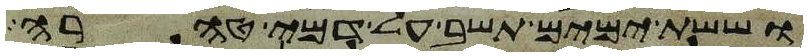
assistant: וששת ימים תשב על דמי טהרה